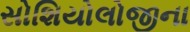
સોશિયોલોજીના